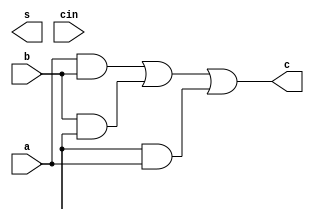
/*full adder*/

module FA_st(s,c,a,b,cin);          /*#cin is the carry from previous o/p*/
	input a,b,cin;
	output s,c;			/*sum and carry*/
	wire N1, N2, N3, N4;
	xor xor1(N1,a,b);
	xor xor2(S,N1,Cin);
	and and1(N2,a,b);
	and and2(N3,b,Cin);
	and and3(N4,Cin,a);
	or or1(c,N2,N3,N4);
endmodule